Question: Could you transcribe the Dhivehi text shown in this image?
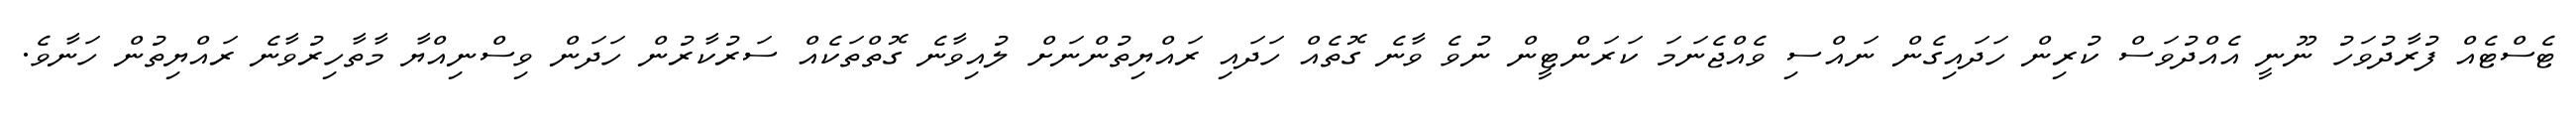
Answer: ޓެސްޓެއް ފުރާދުވަހު ނޫނީ އެއްދުވަސް ކުރިން ހަދައިގެން ނައްސި ވެއްޖެނަމަ ކަރަންޓީން ނުވެ ވާނެ ގޮތެއް ހަދައި ރައްޔިތުންނަށް ލުއިވާނެ ގޮތްތަކެއް ސަރުކާރުން ހަދަން ވިސްނިއްޔާ މާތާހިރުވާނެ ރައްޔިތުން ހަނާވެ.